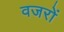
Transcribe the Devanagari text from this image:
वजरों